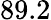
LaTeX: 89.2